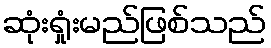
ဆုံးရှုံးမည်ဖြစ်သည်